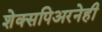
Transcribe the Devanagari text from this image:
शेक्सपिअरनेही